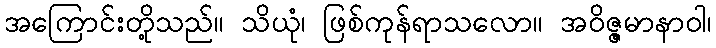
အကြောင်းတို့သည်။ သိယုံ၊ ဖြစ်ကုန်ရာသလော။ အဝိဇ္ဇမာနာဝါ၊